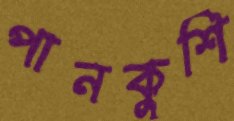
পানকুশি